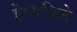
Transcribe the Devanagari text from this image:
हेप्थलिते